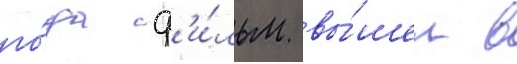
го́да ф'и́льм вы́шел в